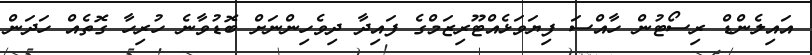
އައިލެންޑް ރިސޯޓުން ހާއްސަ ފިޔަވަޅެއްޓޫރިޒަމްގެ ފައިދާ ދިވެހިންނަށް ބޮޑުވާނެ ހުރިހާ ގޮތެއް ހަދަން